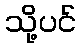
သို့ပင်